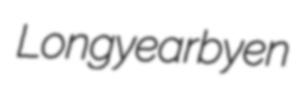
Longyearbyen